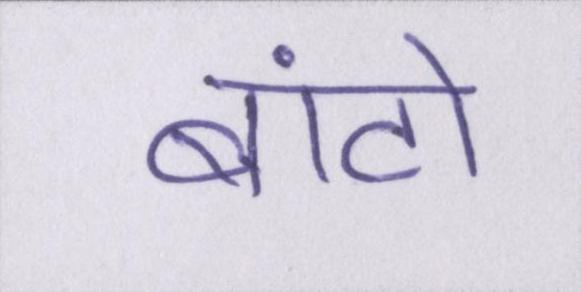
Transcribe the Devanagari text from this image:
बांटो